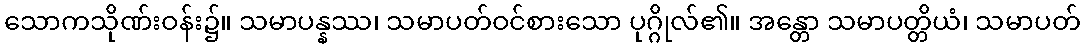
သောကသိုဏ်းဝန်း၌။ သမာပန္နဿ၊ သမာပတ်ဝင်စားသော ပုဂ္ဂိုလ်၏။ အန္တော သမာပတ္တိယံ၊ သမာပတ်